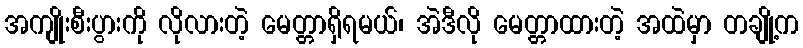
အကျိုးစီးပွားကို လိုလားတဲ့ မေတ္တာရှိရမယ်၊ အဲဒီလို မေတ္တာထားတဲ့ အထဲမှာ တချို့က